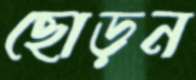
ছোড়ন